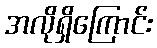
အလိုရှိကြောင်း